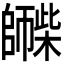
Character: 𪪀